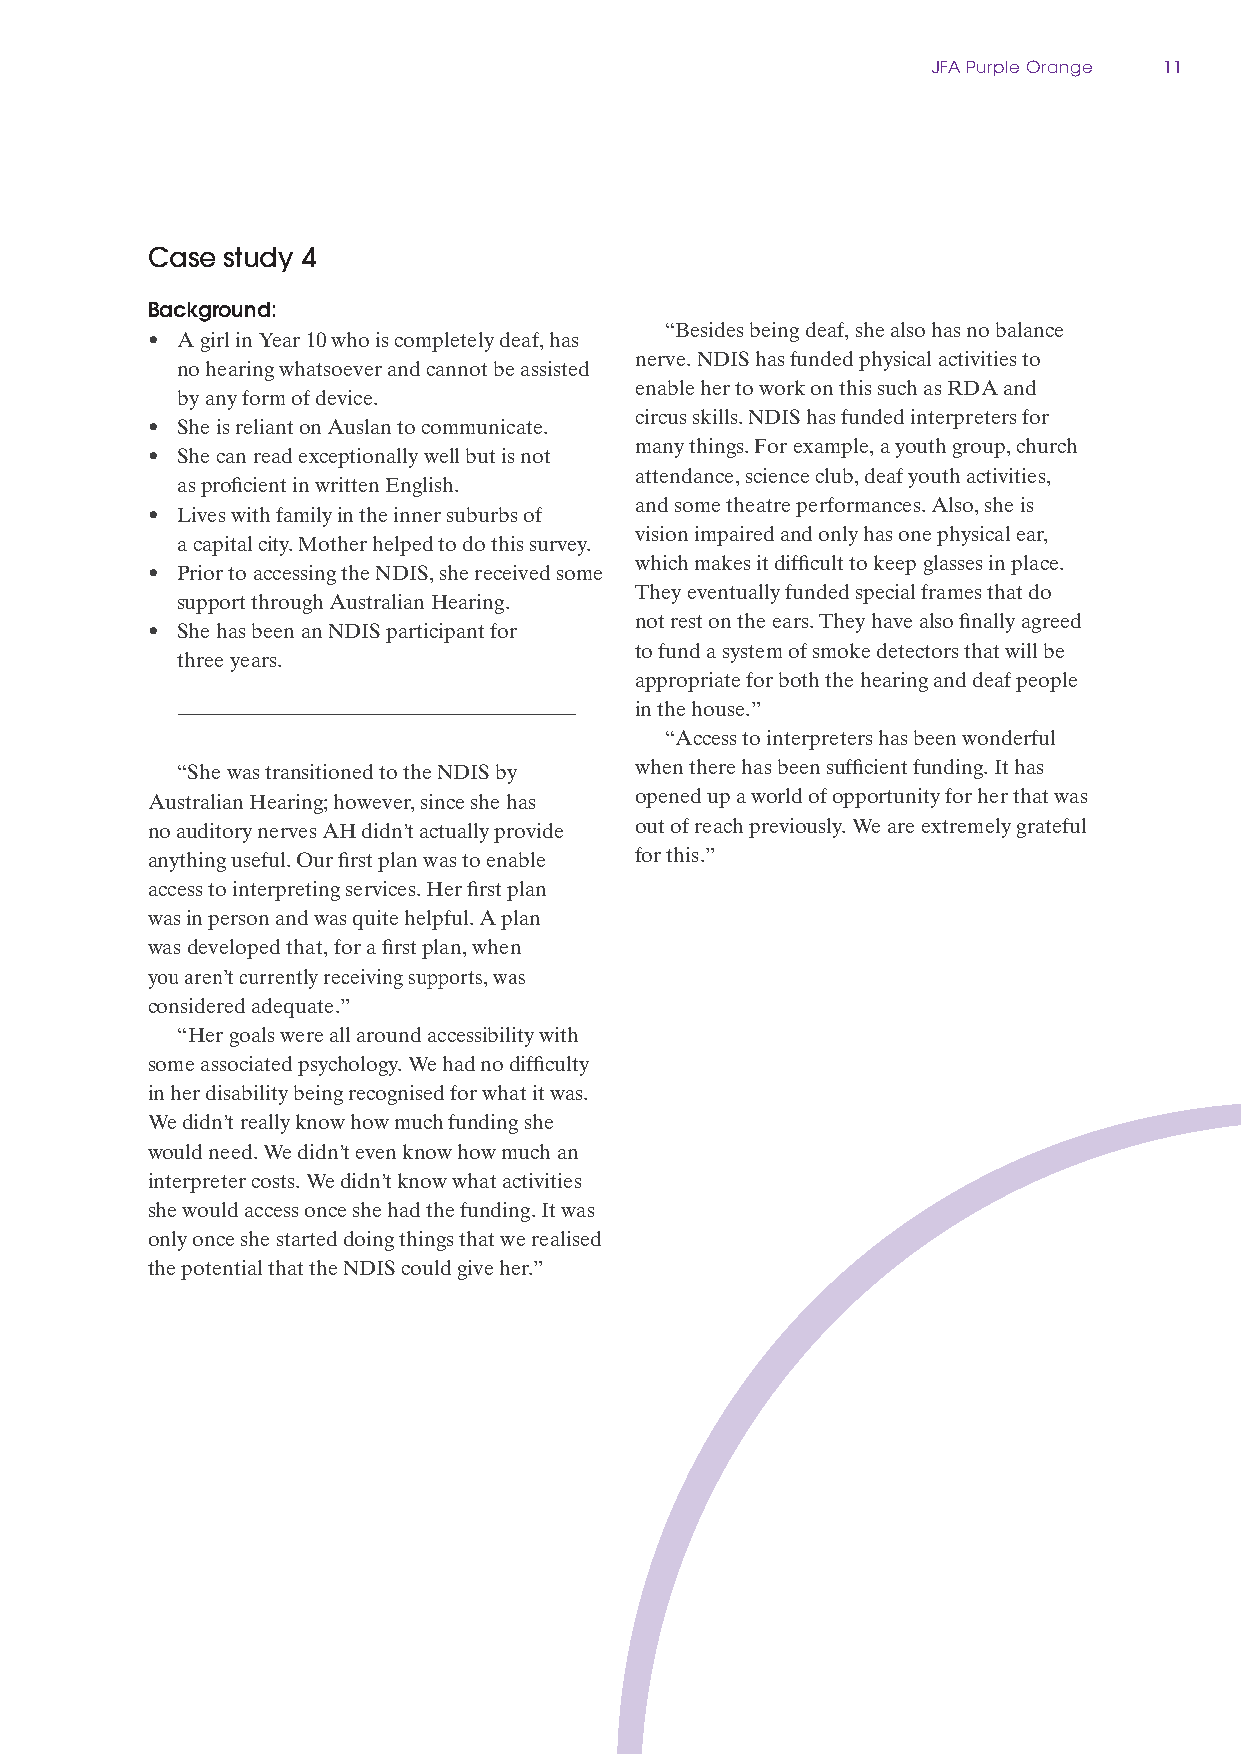
JFA Purple Orange 11
 Case study 4
 Background:
 “Besides being deaf, she also has no balance
 • A girl in Year 10 who is completely deaf, has
 nerve. NDIS has funded physical activities to
 no hearing whatsoever and cannot be assisted
 enable her to work on this such as RDA and
 by any form of device.
 circus skills. NDIS has funded interpreters for
 • She is reliant on Auslan to communicate.
 many things. For example, a youth group, church
 • She can read exceptionally well but is not
 attendance, science club, deaf youth activities,
 as proficient in written English.
 and some theatre performances. Also, she is
 • Lives with family in the inner suburbs of
 vision impaired and only has one physical ear,
 a capital city. Mother helped to do this survey.
 which makes it difficult to keep glasses in place.
 • Prior to accessing the NDIS, she received some
 They eventually funded special frames that do
 support through Australian Hearing.
 not rest on the ears. They have also finally agreed
 • She has been an NDIS participant for
 to fund a system of smoke detectors that will be
 three years.
 appropriate for both the hearing and deaf people
 in the house.”
 “Access to interpreters has been wonderful
 “She was transitioned to the NDIS by when there has been sufficient funding. It has
 Australian Hearing; however, since she has opened up a world of opportunity for her that was
 no auditory nerves AH didn’t actually provide out of reach previously. We are extremely grateful
 anything useful. Our first plan was to enable for this.”
 access to interpreting services. Her first plan
 was in person and was quite helpful. A plan
 was developed that, for a first plan, when
 you aren’t currently receiving supports, was
 considered adequate.”
 “Her goals were all around accessibility with
 some associated psychology. We had no difficulty
 in her disability being recognised for what it was.
 We didn’t really know how much funding she
 would need. We didn’t even know how much an
 interpreter costs. We didn’t know what activities
 she would access once she had the funding. It was
 only once she started doing things that we realised
 the potential that the NDIS could give her.”